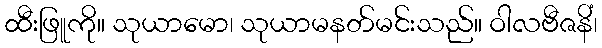
ထီးဖြူကို။ သုယာမော၊ သုယာမနတ်မင်းသည်။ ဝါလဗီဇနိံ၊